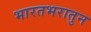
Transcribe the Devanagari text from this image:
भारतभरातुन